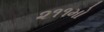
૨૧૧મો